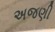
અજણી